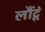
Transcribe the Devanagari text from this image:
लौंटूं